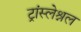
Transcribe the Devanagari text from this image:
ट्रांस्लेश्नल